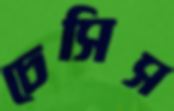
চেসিস